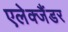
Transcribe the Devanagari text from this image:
एलेक्जैंडर